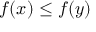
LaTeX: f ( x ) \leq f ( y )